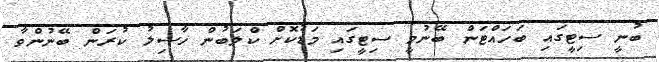
ބުނީ ސިޓީގައި ބަހައްޓަން ބޭނުމީ ސިޓީގައި މަޑުކޮށް ކްލަބުން ހާސިލު ކުރަން ބޭނުންވާ